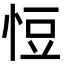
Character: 㤱